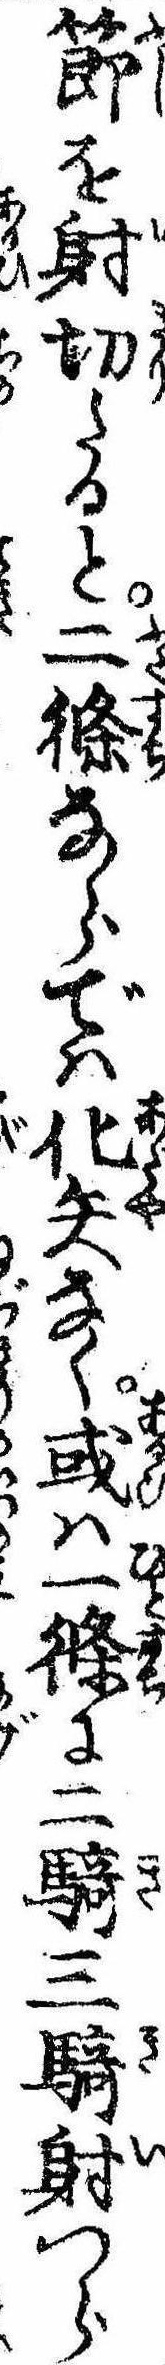
節を射切たると二条ならでは化矢なく或は一条に二騎三騎射つら